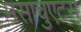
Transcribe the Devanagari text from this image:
मसाचुएटस